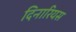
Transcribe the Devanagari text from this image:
दिनारियस